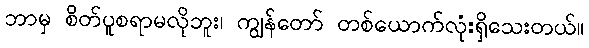
ဘာမှ စိတ်ပူစရာမလိုဘူး၊ ကျွန်တော် တစ်ယောက်လုံးရှိသေးတယ်။